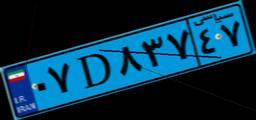
۵۹D۶۷۳۹۶